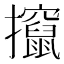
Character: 攛